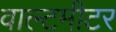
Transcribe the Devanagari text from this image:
वाल्टमीटर